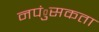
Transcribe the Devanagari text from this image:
नपंुसकता